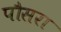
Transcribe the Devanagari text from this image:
पौसरा